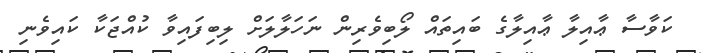
ކަވާސާ ޢާއިލާ ޢާއިލާގެ ބައިތައް ލޯބިވެރިން ނަހަލާލަށް ލިބިފައިވާ ކުއްޖަކާ ކައިވެނި